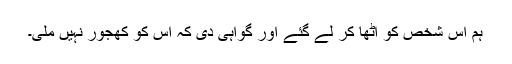
ہم اس شخص کو اٹھا کر لے گئے اور گواہی دی کہ اس کو کھجور نہیں ملی۔